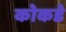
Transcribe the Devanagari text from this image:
कोकडे